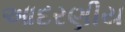
આદરણીય